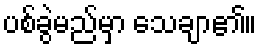
ပစ်ခွဲမည်မှာ သေချာ၏။